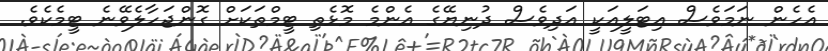
އެހެން ނަމަވެސް އިޓަލީއަކީ އަދިވެސް ދުނިޔޭގެ އެންމެ މޮޅެތި ޓީމްތަކަށް ގޮންޖަހާލެވޭނެ ޓީމެކެވެ.